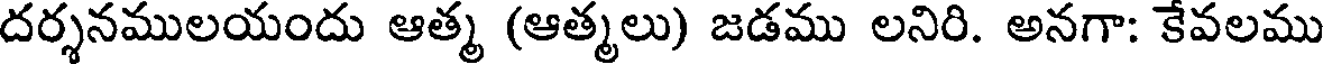
దర్శనములయందు ఆత్మ (ఆత్మలు) జడము లనిరి. అనగా: కేవలము